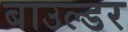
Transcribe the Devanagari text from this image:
बाउल्डर